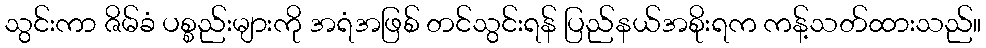
သွင်းကာ ဇိမ်ခံ ပစ္စည်းများကို အရံအဖြစ် တင်သွင်းရန် ပြည်နယ်အစိုးရက ကန့်သတ်ထားသည်။